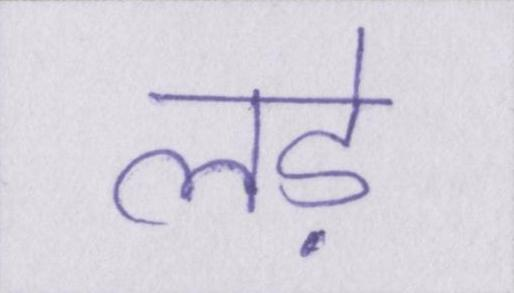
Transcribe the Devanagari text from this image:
लड़े